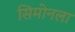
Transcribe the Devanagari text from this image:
सिमोनला